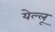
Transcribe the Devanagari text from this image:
येल्लू